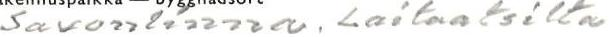
Savonlinna, Laitaatsilta